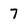
Character: 7